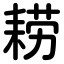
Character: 耢